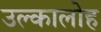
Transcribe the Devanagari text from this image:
उल्कालोह